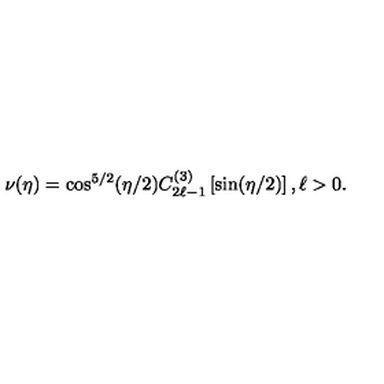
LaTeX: \nu ( \eta ) = \cos ^ { 5 / 2 } ( \eta / 2 ) C _ { 2 \ell - 1 } ^ { ( 3 ) } \left[ \sin ( \eta / 2 ) \right] , \ell > 0 .